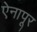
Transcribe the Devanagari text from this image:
ऐनापूर